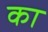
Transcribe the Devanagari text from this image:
का